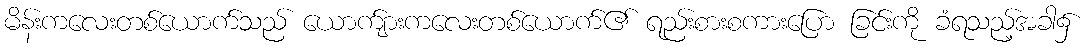
မိန်းကလေးတစ်ယောက်သည် ယောက်ျားကလေးတစ်ယောက်၏ ရည်းစားစကားပြော ခြင်းကို ခံရသည့်အခါ၌